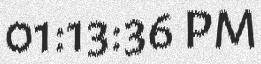
01:13:36 PM